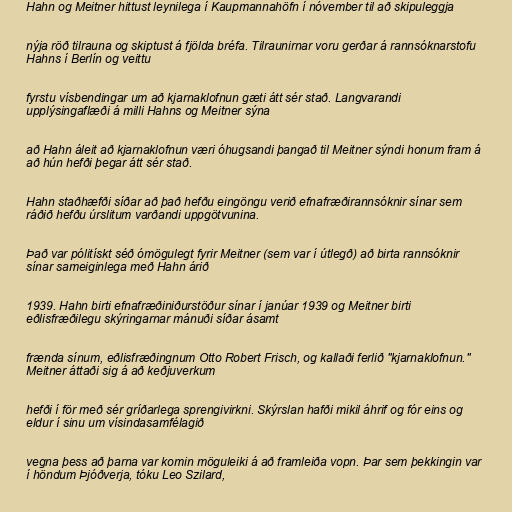
Hahn og Meitner hittust leynilega í Kaupmannahöfn í nóvember til að skipuleggja

nýja röð tilrauna og skiptust á fjölda bréfa. Tilraunirnar voru gerðar á rannsóknarstofu
Hahns í Berlín og veittu

fyrstu vísbendingar um að kjarnaklofnun gæti átt sér stað. Langvarandi
upplýsingaflæði á milli Hahns og Meitner sýna

að Hahn áleit að kjarnaklofnun væri óhugsandi þangað til Meitner sýndi honum fram á
að hún hefði þegar átt sér stað.

Hahn staðhæfði síðar að það hefðu eingöngu verið efnafræðirannsóknir sínar sem
ráðið hefðu úrslitum varðandi uppgötvunina.

Það var pólitískt séð ómögulegt fyrir Meitner (sem var í útlegð) að birta rannsóknir
sínar sameiginlega með Hahn árið

1939. Hahn birti efnafræðiniðurstöður sínar í janúar 1939 og Meitner birti
eðlisfræðilegu skýringarnar mánuði síðar ásamt

frænda sínum, eðlisfræðingnum Otto Robert Frisch, og kallaði ferlið "kjarnaklofnun."
Meitner áttaði sig á að keðjuverkum

hefði í för með sér gríðarlega sprengivirkni. Skýrslan hafði mikil áhrif og fór eins og
eldur í sinu um vísindasamfélagið

vegna þess að þarna var komin möguleiki á að framleiða vopn. Þar sem þekkingin var
í höndum Þjóðverja, tóku Leo Szilard,